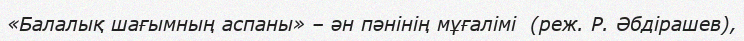
«Балалық шағымның аспаны» – ән пәнінің мұғалімі  (реж. Р. Әбдірашев),